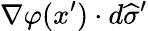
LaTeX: \nabla\varphi(x^{\prime})\cdot d{\widehat{\sigma}}^{\prime}